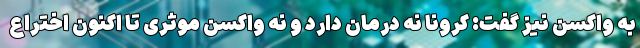
به واکسن نیز گفت: کرونا نه درمان دارد و نه واکسن موثری تا اکنون اختراع